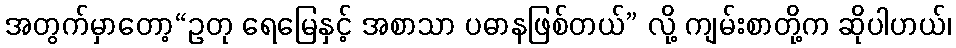
အတွက်မှာတော့“ဥတု ရေမြေနှင့် အစာသာ ပဓာနဖြစ်တယ်” လို့ ကျမ်းစာတို့က ဆိုပါဟယ်၊